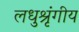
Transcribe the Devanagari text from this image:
लधुश्रृंगीय